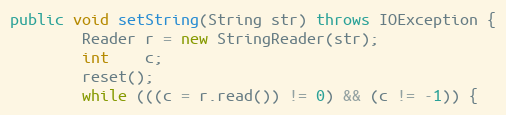
Language: Java
public void setString(String str) throws IOException {
        Reader r = new StringReader(str);
        int    c;
        reset();
        while (((c = r.read()) != 0) && (c != -1)) {